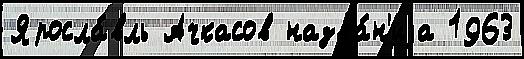
Яросла́вль Ачкасов назва́н'иjа 1963